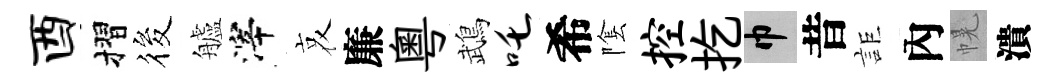
酉摺筱艫滓哀廉粤鵡吒希隂控扢巾昔詎內幌潰